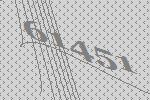
61451